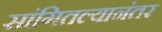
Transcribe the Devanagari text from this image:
सांगितल्यानंतर